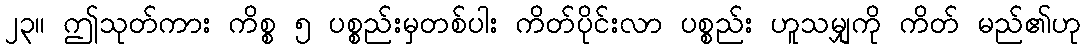
၂၃။ ဤသုတ်ကား ကိစ္စ ၅ ပစ္စည်းမှတစ်ပါး ကိတ်ပိုင်းလာ ပစ္စည်း ဟူသမျှကို ကိတ် မည်၏ဟု